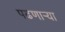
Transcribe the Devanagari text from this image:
पढणार्‍या